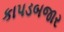
કાપડબજાર